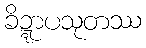
ခိဍ္ဍာပသုတဿ